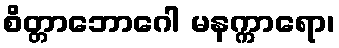
စိတ္တာဘောဂေါ မနက္ကာရော၊